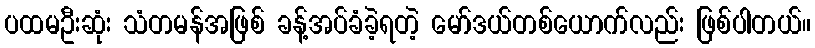
ပထမဦးဆုံး သံတမန်အဖြစ် ခန့်အပ်ခံခဲ့ရတဲ့ မော်ဒယ်တစ်ယောက်လည်း ဖြစ်ပါတယ်။